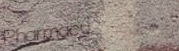
Pharmacy